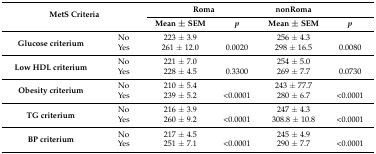
<table><thead><tr><td rowspan="2" colspan="2"><b>MetS Criteria</b></td><td colspan="2"><b>Roma</b></td><td><b>nonRoma</b></td><td></td></tr><tr><td><b>Mean ± SEM</b></td><td><b><i>p</i></b></td><td><b>Mean ± SEM</b></td><td><b><i>p</i></b></td></tr></thead><tbody><tr><td rowspan="2"><b>Glucose criterium</b></td><td>No</td><td>223 ± 3.9</td><td></td><td>256 ± 4.3</td><td></td></tr><tr><td>Yes</td><td>261 ± 12.0</td><td>0.0020</td><td>298 ± 16.5</td><td>0.0080</td></tr><tr><td rowspan="2"><b>Low HDL criterium</b></td><td>No</td><td>221 ± 7.0</td><td></td><td>254 ± 5.0</td><td></td></tr><tr><td>Yes</td><td>228 ± 4.5</td><td>0.3300</td><td>269 ± 7.7</td><td>0.0730</td></tr><tr><td rowspan="2"><b>Obesity criterium</b></td><td>No</td><td>210 ± 5.4</td><td></td><td>243 ± 77.7</td><td></td></tr><tr><td>Yes</td><td>239 ± 5.2</td><td>&lt;0.0001</td><td>280 ± 6.7</td><td>&lt;0.0001</td></tr><tr><td rowspan="2"><b>TG criterium</b></td><td>No</td><td>216 ± 3.9</td><td></td><td>247 ± 4.3</td><td></td></tr><tr><td>Yes</td><td>260 ± 9.2</td><td>&lt;0.0001</td><td>308.8 ± 10.8</td><td>&lt;0.0001</td></tr><tr><td rowspan="2"><b>BP criterium</b></td><td>No</td><td>217 ± 4.5</td><td></td><td>245 ± 4.9</td><td></td></tr><tr><td>Yes</td><td>251 ± 7.1</td><td>&lt;0.0001</td><td>290 ± 7.7</td><td>&lt;0.0001</td></tr></tbody></table>